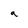
Character: q